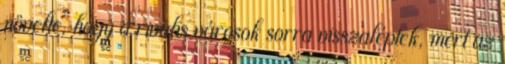
növelte, hogy a rivális városok sorra visszaléptek, mert az